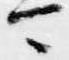
可